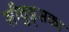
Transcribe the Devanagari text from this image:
सीवुड्सका